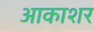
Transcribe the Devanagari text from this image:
आकाशर